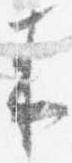
来